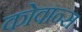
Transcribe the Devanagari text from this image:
कोवान्स